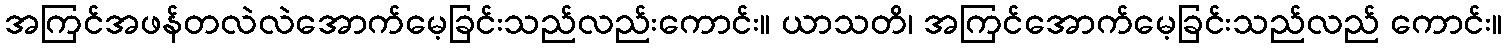
အကြင်အဖန်တလဲလဲအောက်မေ့ခြင်းသည်လည်းကောင်း။ ယာသတိ၊ အကြင်အောက်မေ့ခြင်းသည်လည် ကောင်း။